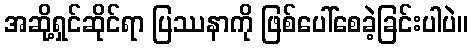
အဆို့ရှင်ဆိုင်ရာ ပြဿနာကို ဖြစ်ပေါ်စေခဲ့ခြင်းပါပဲ။